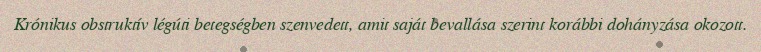
Krónikus obstruktív légúti betegségben szenvedett, amit saját bevallása szerint korábbi dohányzása okozott.